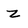
Character: z